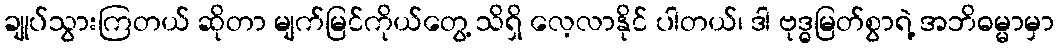
ချုပ်သွားကြတယ် ဆိုတာ မျက်မြင်ကိုယ်တွေ့ သိရှိ လေ့လာနိုင် ပါတယ်၊ ဒါ ဗုဒ္ဓမြတ်စွာရဲ့ အဘိဓမ္မာမှာ